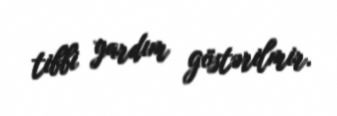
tibbi yardım göstərilmir.